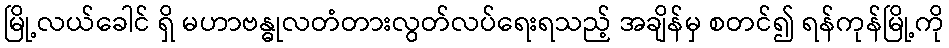
မြို့လယ်ခေါင် ရှိ မဟာဗန္ဓုလတံတားလွတ်လပ်ရေးရသည့် အချိန်မှ စတင်၍ ရန်ကုန်မြို့ကို